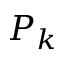
P _ { k }